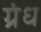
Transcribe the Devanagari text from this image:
ग्रंध